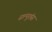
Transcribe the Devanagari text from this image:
सल्यूशंस